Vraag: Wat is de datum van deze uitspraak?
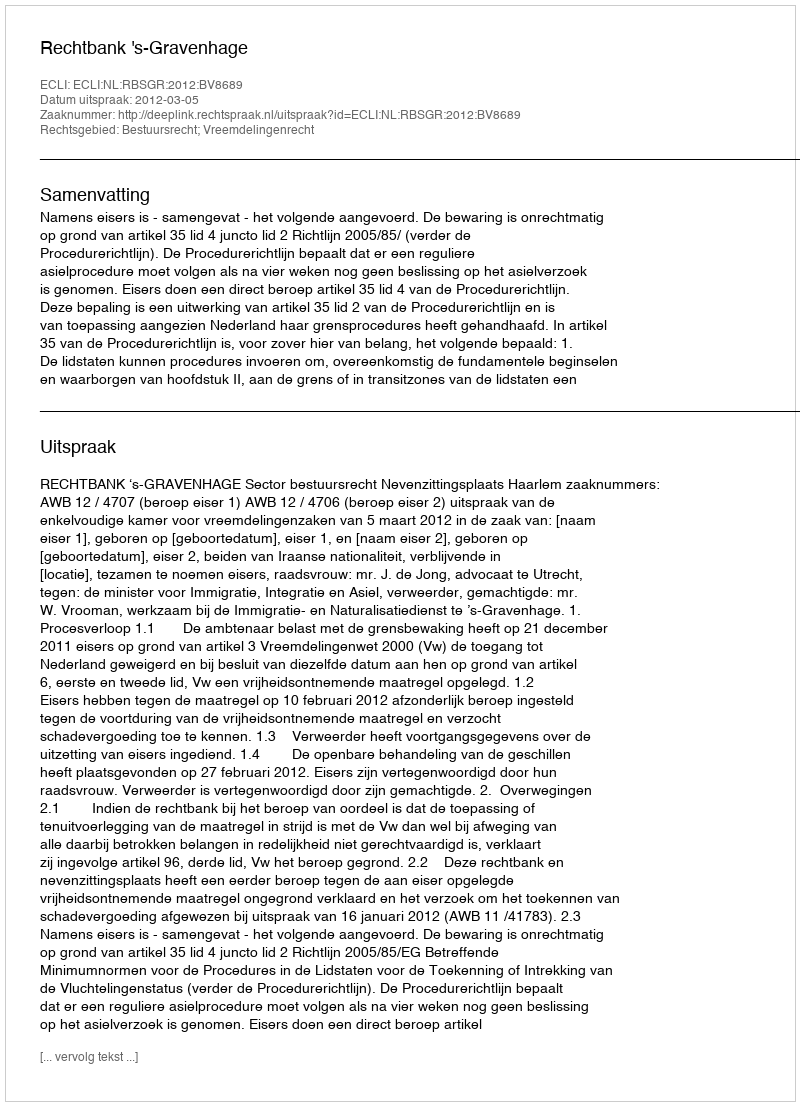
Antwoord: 2012-03-05